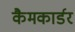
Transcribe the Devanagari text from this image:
कैमकार्डर